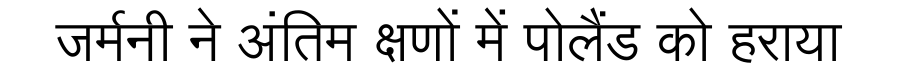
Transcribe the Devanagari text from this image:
जर्मनी ने अंतिम क्षणों में पोलैंड को हराया